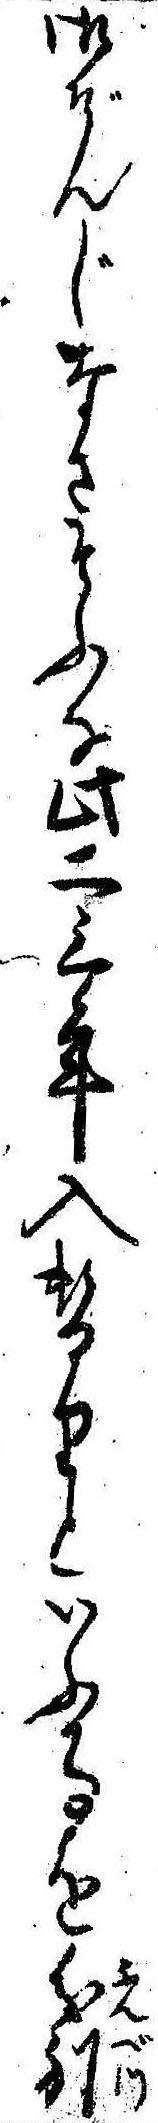
御ぞんじなさそふな此二三年入替りといふ事を分別